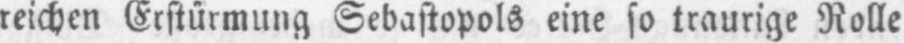
reichen Erstürmung Sebastopols eine so traurige Rolle